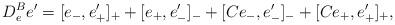
LaTeX: \begin{align*} D^B_{e}e' = [e_-,e'_+]_+ + [e_+,e'_-]_- + [C e_-,e'_-]_- + [Ce_+,e'_+]_+ , \end{align*}